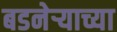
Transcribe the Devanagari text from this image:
बडनेर्‍याच्या